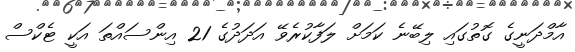
އާމްދަނީގެ ގޮތުގައި ލިބޭނެ ކަމަށް ލަފާކުރެވޭ އަދަދުގެ 21 އިންސައްތަ އަކީ ޓެކްސް